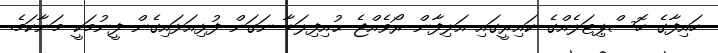
ހައިފާގެ ހޮސްޕިޓަލެއްގެ ކައިރީގައި އަލިފާން ރޯވެއްޖެ ޙުއިފިލަޑާ ނަގަން ފުޅިއަޅައިގެން ފީނުމަކީ މަނާކަމެ.